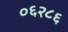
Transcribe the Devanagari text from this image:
०६२८६